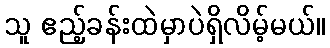
သူ ဧည့်ခန်းထဲမှာပဲရှိလိမ့်မယ်။